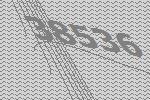
38536